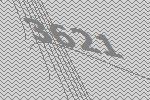
3621